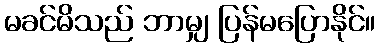
မခင်မိသည် ဘာမျှ ပြန်မပြောနိုင်။